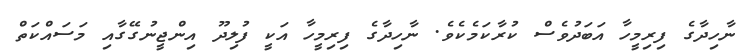
ނާހިދާގެ ފިރިމީހާ އަބަދުވެސް ކުރާކަމެކެވެ. ނާހިދާގެ ފިރިމީހާ އަކީ ފުލިދޫ އިންޖީނުގޭގާއި މަސައްކަތް